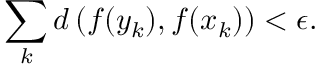
\sum _ { k } d \left( f ( y _ { k } ) , f ( x _ { k } ) \right) < \epsilon .